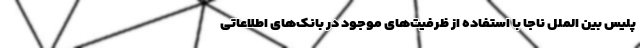
پلیس بین الملل ناجا با استفاده از ظرفیت‌های موجود در بانک‌های اطلاعاتی